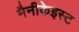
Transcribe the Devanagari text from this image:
मैनीकेइस्ट